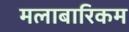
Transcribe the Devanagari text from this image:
मलाबारिकम